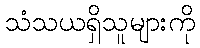
သံသယရှိသူများကို